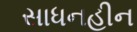
સાધનહીન